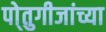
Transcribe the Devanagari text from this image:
पो्तुगीजांच्या